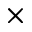
\times